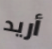
أريد